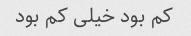
کم بود خیلی کم بود